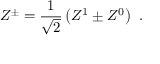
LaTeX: Z ^ { \pm } = \frac { 1 } { \sqrt { 2 } } \left( Z ^ { 1 } \pm Z ^ { 0 } \right) \ .